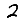
Digit: 2